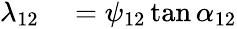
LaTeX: \begin{array}{rl}{\lambda_{12}}&{{}=\psi_{12}\tan\alpha_{12}}\end{array}